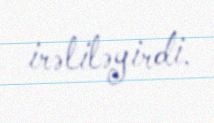
irəliləyirdi.